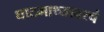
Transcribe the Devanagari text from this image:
घाटमाथ्यावरचं